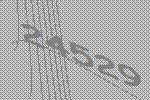
24529